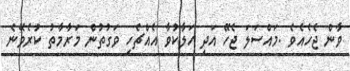
ވާން ޖެހެއެވެ .މައްސަލަ ޖެހޭ އަދި ހަލާކުވާ އެއްޗެހި ވަގުތުން މަރާމާތު ކުރެވޭނެ